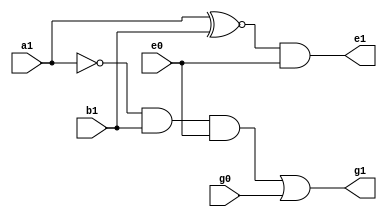
 `timescale 1ns/1ns
module myBCSgate (input a1, b1, e0, g0, output e1, g1);
	wire j1;
	wire k1;
	assign #(12,9) j1 = a1~^b1;
	assign #(24,21) e1 = j1&e0;
	assign #(17,19) k1 = ~a1&b1&e0;
	assign #(36,36) g1 = k1|g0;
endmodule